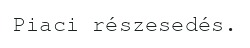
Piaci részesedés.